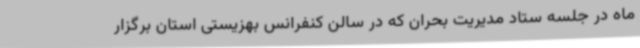
ماه در جلسه ستاد مدیریت بحران که در سالن کنفرانس بهزیستی استان برگزار